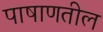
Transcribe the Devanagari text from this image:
पाषाणतील